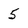
Character: 5